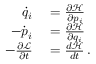
\begin{array} { r l } { { \dot { q } } _ { i } } & { { } = { \frac { \partial { \mathcal { H } } } { \partial p _ { i } } } } \\ { - { \dot { p } } _ { i } } & { { } = { \frac { \partial { \mathcal { H } } } { \partial q _ { i } } } } \\ { - { \frac { \partial { \mathcal { L } } } { \partial t } } } & { { } = { \frac { d { \mathcal { H } } } { d t } } \, . } \end{array}